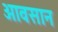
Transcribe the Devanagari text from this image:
आवसान